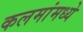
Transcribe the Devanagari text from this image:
कलमांमध्ये